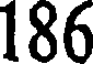
186